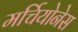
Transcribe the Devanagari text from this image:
मर्चियोनेस